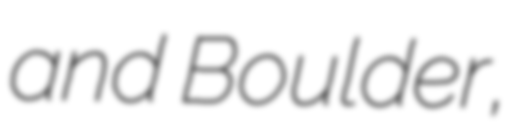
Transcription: and Boulder,